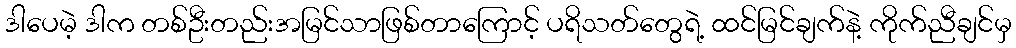
ဒါပေမဲ့ ဒါက တစ်ဦးတည်းအမြင်သာဖြစ်တာကြောင့် ပရိသတ်တွေရဲ့ ထင်မြင်ချက်နဲ့ ကိုက်ညီချင်မှ